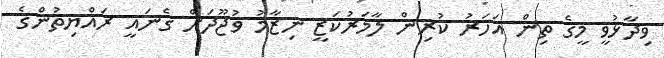
ވިދާޅުވީ މީގެ ތިން އަހަރު ކުރިން ލާމަރުކަޒީ ނިޒާމު ވުޖޫދަށް ގެނައީ ރައްޔިތުންގެ